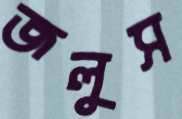
জলুস